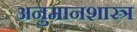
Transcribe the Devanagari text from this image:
अनुमानशास्त्र